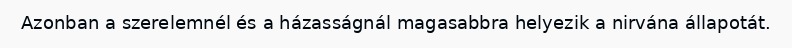
Azonban a szerelemnél és a házasságnál magasabbra helyezik a nirvána állapotát.